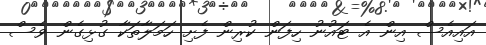
އައިއެސް އިން އެ ޓައުނު ހިފަން ކުރިން ފެށި ހަމަލާތަކާ ގުޅިގެން ވެސް